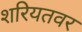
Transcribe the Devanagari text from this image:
शरियतवर